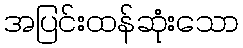
အပြင်းထန်ဆုံးသော